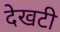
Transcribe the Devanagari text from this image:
देखटी